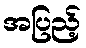
အပြည့်